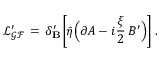
\mathcal { L _ { G F } ^ { \prime } } \, = \, \delta _ { \bf B } ^ { \prime } \bigg [ \bar { \eta } \Big ( \partial A - i \frac { \xi } { 2 } \, B ^ { \prime } \Big ) \bigg ] \; .